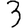
Digit: 3